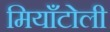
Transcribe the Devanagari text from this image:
मियाँटोली